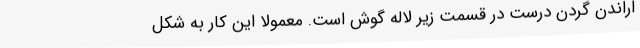
اراندن گردن درست در قسمت زیر لاله گوش است. معمولاً این کار به شکل